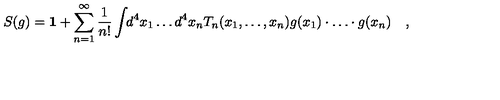
S ( g ) = { \bf 1 } + \sum _ { n = 1 } ^ { \infty } \frac { 1 } { n ! } \int \! \! d ^ { 4 } x _ { 1 } \ldots d ^ { 4 } x _ { n } T _ { n } ( x _ { 1 } , \ldots , x _ { n } ) g ( x _ { 1 } ) \cdot \ldots \cdot g ( x _ { n } ) \quad ,